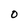
Character: 0